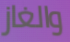
والغاز